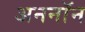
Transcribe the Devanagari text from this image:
अननाॅन